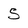
Character: 5